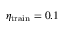
\eta _ { \mathrm { t r a i n } } = 0 . 1